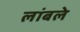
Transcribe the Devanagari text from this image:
लांबले